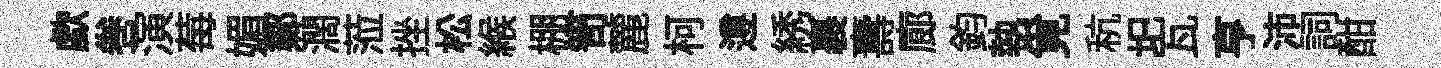
歔巻演莓媚鄴濶蒞挫松緱棚笥麓柯遵綉裹夀廊鈞執覓秔圯瓦亨沛詞酣